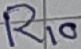
Text: R10